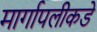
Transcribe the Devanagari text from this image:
मार्गापलीकडे